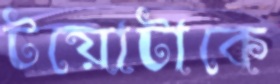
টয়োটাকে